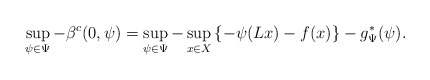
\begin{align*}\sup_{\psi\in\Psi} - \beta^c (0,\psi) = \sup_{\psi\in\Psi} - \sup_{x\in X} \left\{-\psi (Lx) - f(x)\right\}-g^{*}_{\Psi}(\psi). \end{align*}